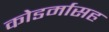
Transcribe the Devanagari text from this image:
कोडर्मासह